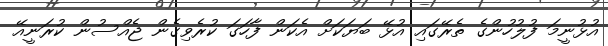
އުޅުނީމަ ފުލުހުންގެ ތެރޭގައި އުޅޭ ބަޔަކަށް އެކަން ފާހަގަ ކުރެވިގެން ޖެއްސުން ކުރަނީއޭ